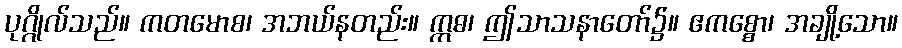
ပုဂ္ဂိုလ်သည်။ ကတမောစ၊ အဘယ်နတည်း။ ဣဓ၊ ဤသာသနာတော်၌။ ဧကစ္စော၊ အချို့သော။